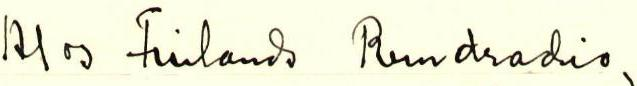
A/oy Finlands Rundradio,